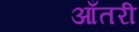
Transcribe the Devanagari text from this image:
आँतरी